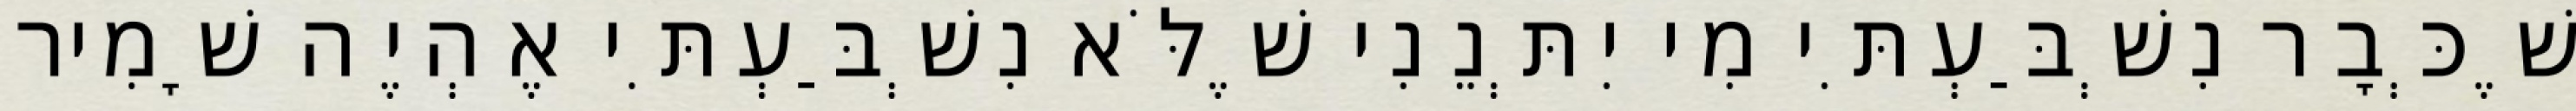
שֶׁכְּבָר נִשְׁבַּעְתִּי מִי יִתְּנֵנִי שֶׁלֹּא נִשְׁבַּעְתִּי אֶהְיֶה שָׁמִיר